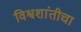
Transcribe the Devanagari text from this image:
विश्वशांतीचा